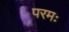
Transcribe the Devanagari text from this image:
परमः